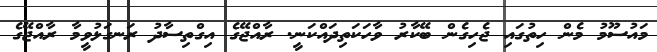
މައުސޫމު މެން ހިތުގައި ޖެހިގެން ބޭކާރު ވާހަކަތިދައްކަނީ. ރާއްޖޭގެ އިގްތިސާދު ރަނގަޅުވީމާ ރާއްޖޭގެ